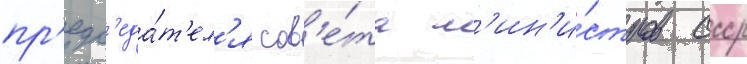
пр'едс'еда́т'ел'я сов'е́та м'ин'и́стров ссср